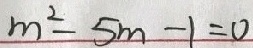
m ^ { 2 } - 5 m - 1 = 0